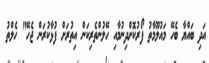
އަދި ބައްޔާ ބެހޭ މައުލޫމާތު ފޯރުކޮށްދިނުމާއި ހޭލުންތެރިކަން އިތުރަށް ފުޅާކުރަން ޖެހޭ" ހެލްތު